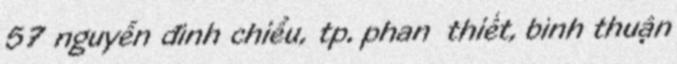
57 nguyễn đình chiểu, tp. phan thiết, bình thuận